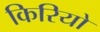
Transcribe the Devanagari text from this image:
किरियो